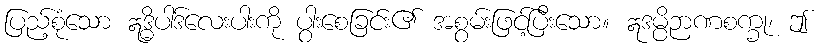
ပြည့်စုံသော ဣဒ္ဓိပါဒ်လေးပါးကို ပွါးစေခြင်း၏ အစွမ်းဖြင့်ပြီးသော။ ဣဒမ္ပိဉာဏစက္ခု၊ ဤ